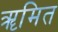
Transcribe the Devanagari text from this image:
ॠमित